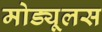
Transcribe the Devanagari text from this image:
मोड्यूलस